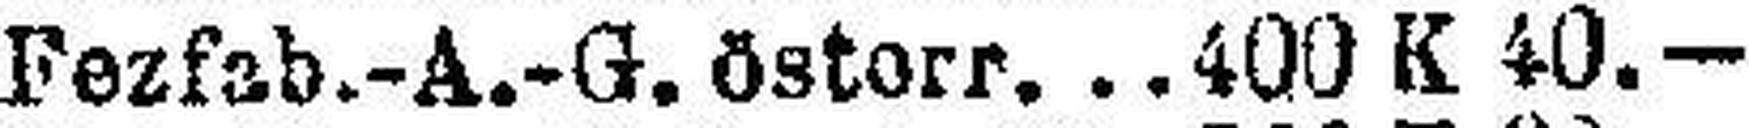
Fezfab.-A.-G. östorr. 400 K 40.—